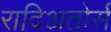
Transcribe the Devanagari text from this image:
रादिअतोर्स